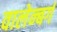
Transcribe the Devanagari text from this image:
वालेन्बर्ग